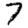
Digit: 7